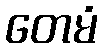
တေမံ